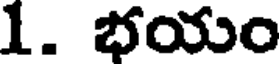
1. భయం